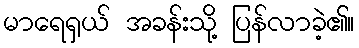
မာရေရှယ် အခန်းသို့ ပြန်လာခဲ့၏။